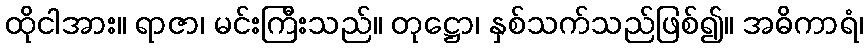
ထိုငါအား။ ရာဇာ၊ မင်းကြီးသည်။ တုဋ္ဌော၊ နှစ်သက်သည်ဖြစ်၍။ အဓိကာရံ၊